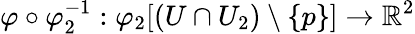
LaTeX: \varphi\circ\varphi_{2}^{-1}:\varphi_{2}[(U\cap U_{2})\setminus\{ p\} ]\to\mathbb{R}^{2}